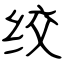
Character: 绞